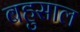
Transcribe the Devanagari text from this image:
बहुसाल